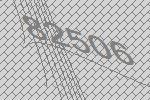
82506